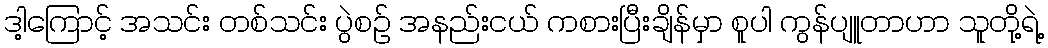
ဒါ့ကြောင့် အသင်း တစ်သင်း ပွဲစဥ် အနည်းငယ် ကစားပြီးချိန်မှာ စူပါ ကွန်ပျူတာဟာ သူတို့ရဲ့